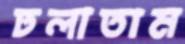
ঢলাতাম